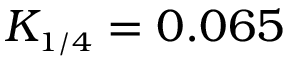
K _ { \scriptscriptstyle { 1 / 4 } } = 0 . 0 6 5